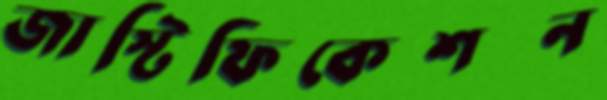
জাস্টিফিকেশন